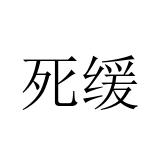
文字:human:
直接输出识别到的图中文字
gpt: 死缓